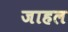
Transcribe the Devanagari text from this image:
जाहल